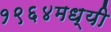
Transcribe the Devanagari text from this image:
१९६४मध्यी